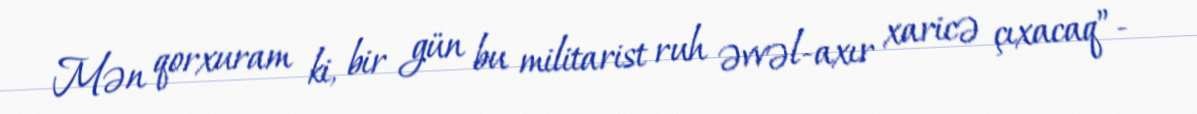
Mən qorxuram ki, bir gün bu militarist ruh əvvəl-axır xaricə çıxacaq”-